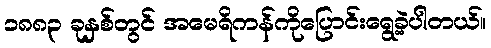
၁၈၈၃ ခုနှစ်တွင် အမေရိကန်ကိုပြောင်းရွေ့ခဲ့ပါတယ်။